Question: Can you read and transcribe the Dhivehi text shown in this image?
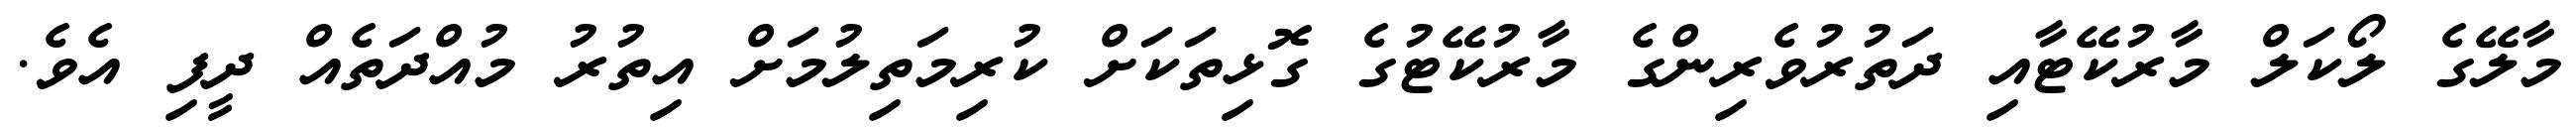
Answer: މާލޭގެ ލޯކަލް މާރުކޭޓާއި ދަތުރުވެރިންގެ މާރުކޭޓުގެ ގޮޅިތަކަށް ކުރިމަތިލުމަށް އިތުރު މުއްދަތެއް ދީފި އެވެ.